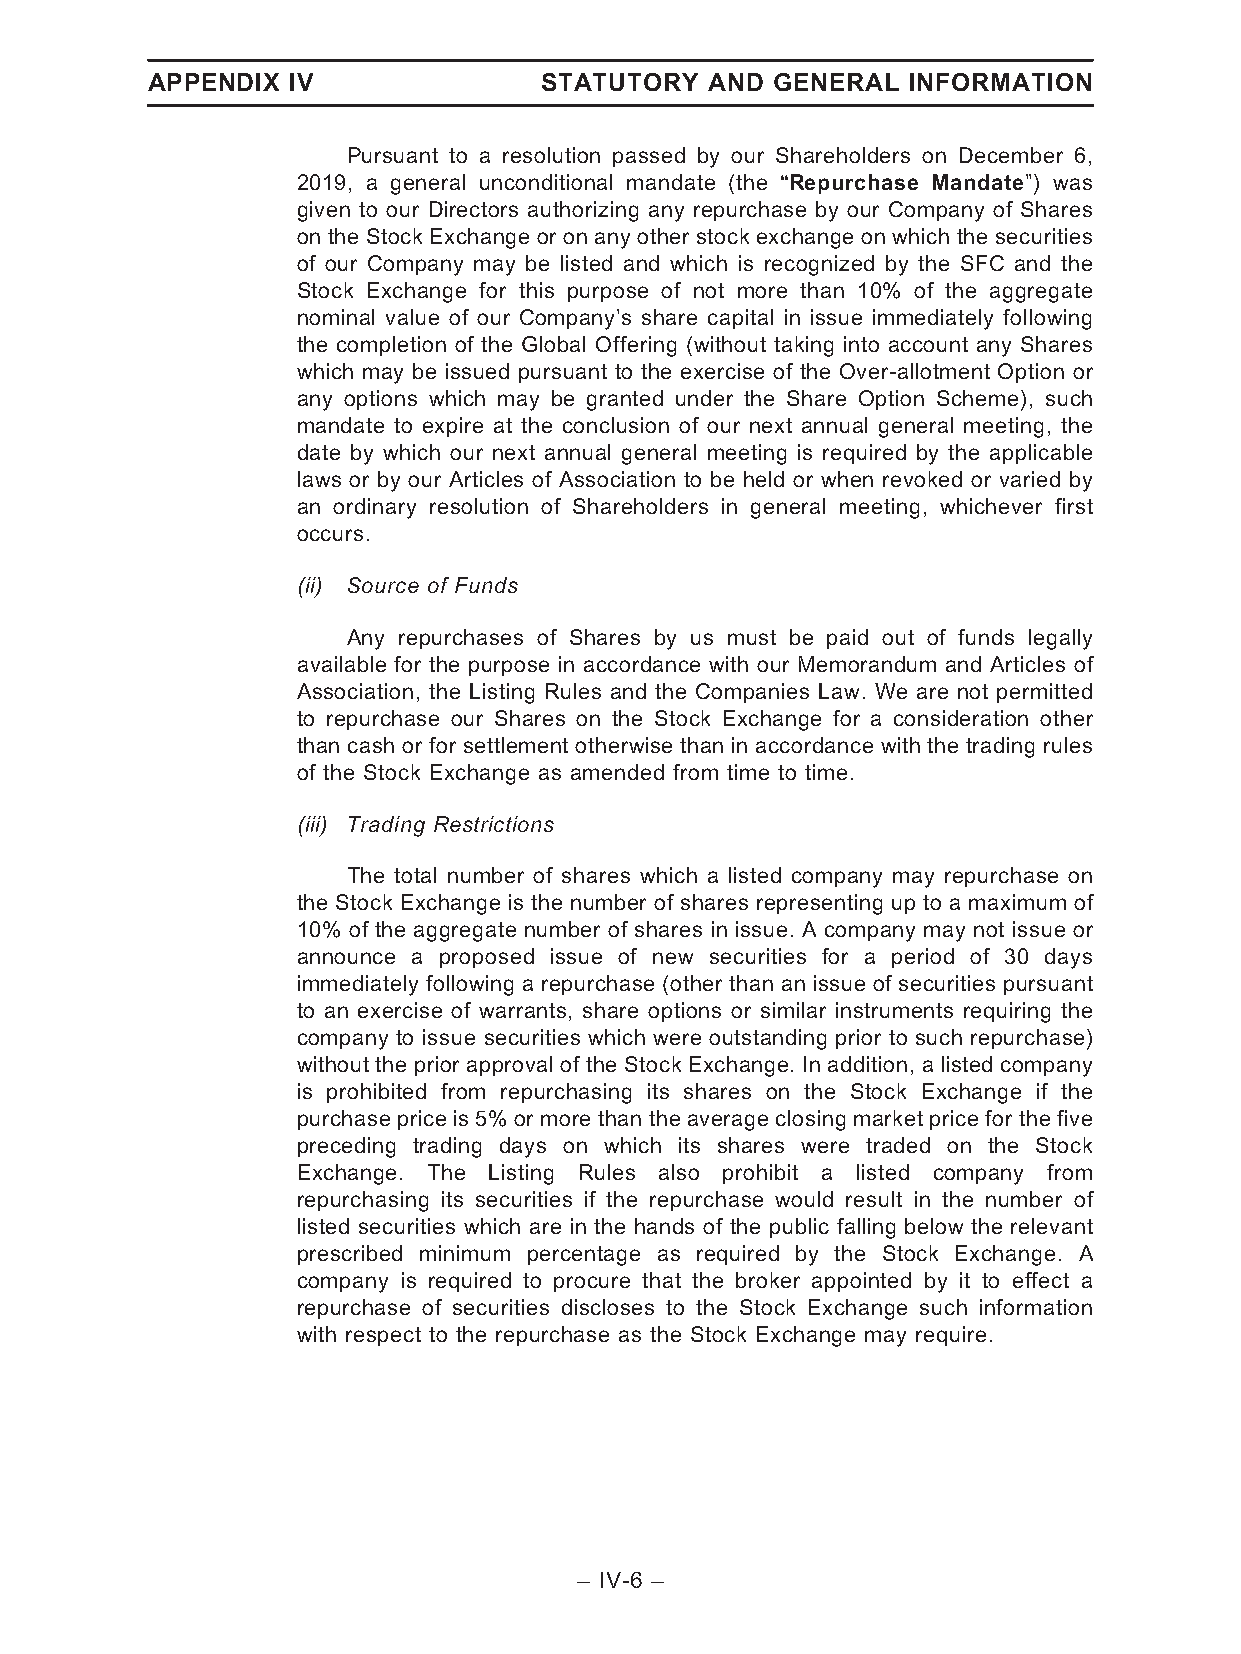
APPENDIX IV               STATUTORY  AND GENERAL  INFORMATION
 Pursuant to a resolution passed by our Shareholders on December 6,
 2019, a general unconditional mandate (the ‘‘Repurchase Mandate’’) was
 given to our Directors authorizing any repurchase by our Company of Shares
 on the Stock Exchange or on any other stock exchange on which the securities
 of our Company may be listed and which is recognized by the SFC and the
 Stock Exchange for this purpose of not more than 10% of the aggregate
 nominal value of our Company’s share capital in issue immediately following
 the completion of the Global Offering (without taking into account any Shares
 which may be issued pursuant to the exercise of the Over-allotment Option or
 any options which may be granted under the Share Option Scheme), such
 mandate to expire at the conclusion of our next annual general meeting, the
 date by which our next annual general meeting is required by the applicable
 laws or by our Articles of Association to be held or when revoked or varied by
 an ordinary resolution of Shareholders in general meeting, whichever first
 occurs.
 (ii) Source of Funds
 Any repurchases of Shares by us must be paid out of funds legally
 available for the purpose in accordance with our Memorandum and Articles of
 Association, the Listing Rules and the Companies Law. We are not permitted
 to repurchase our Shares on the Stock Exchange for a consideration other
 than cash or for settlement otherwise than in accordance with the trading rules
 of the Stock Exchange as amended from time to time.
 (iii) Trading Restrictions
 The total number of shares which a listed company may repurchase on
 the Stock Exchange is the number of shares representing up to a maximum of
 10% of the aggregate number of shares in issue. A company may not issue or
 announce a proposed issue of new securities for a period of 30 days
 immediately following a repurchase (other than an issue of securities pursuant
 to an exercise of warrants, share options or similar instruments requiring the
 company to issue securities which were outstanding prior to such repurchase)
 without the prior approval of the Stock Exchange. In addition, a listed company
 is prohibited from repurchasing its shares on the Stock Exchange if the
 purchase price is 5% or more than the average closing market price for the five
 preceding trading days on which its shares were traded on the Stock
 Exchange. The Listing Rules also prohibit a listed company from
 repurchasing its securities if the repurchase would result in the number of
 listed securities which are in the hands of the public falling below the relevant
 prescribed minimum percentage as required by the Stock Exchange. A
 company is required to procure that the broker appointed by it to effect a
 repurchase of securities discloses to the Stock Exchange such information
 with respect to the repurchase as the Stock Exchange may require.
 – IV-6 –